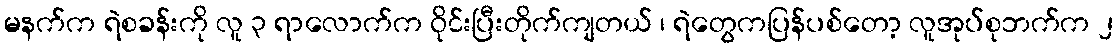
မနက်က ရဲစခန်းကို လူ ၃ ရာလောက်က ဝိုင်းပြီးတိုက်ကျတယ် ၊ ရဲတွေကပြန်ပစ်တော့ လူအုပ်စုဘက်က ၂